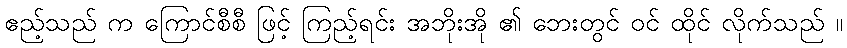
ဧည့်သည် က ကြောင်စီစီ ဖြင့် ကြည့်ရင်း အဘိုးအို ၏ ဘေးတွင် ဝင် ထိုင် လိုက်သည် ။